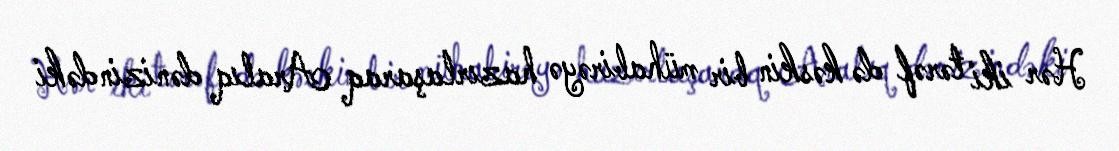
Hər iki tərəf də kəskin bir mühabirəyə hazırlaşaraq Aralıq dənizindəki